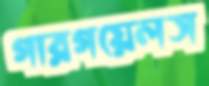
গারগয়েলস